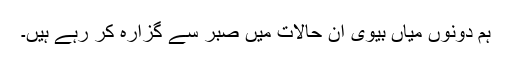
ہم دونوں میاں بیوی ان حالات میں صبر سے گزارہ کر رہے ہیں۔